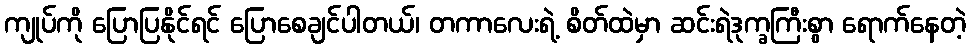
ကျုပ်ကို ပြောပြနိုင်ရင် ပြောစေချင်ပါတယ်၊ တကာလေးရဲ့ စိတ်ထဲမှာ ဆင်းရဲဒုက္ခကြီးစွာ ရောက်နေတဲ့